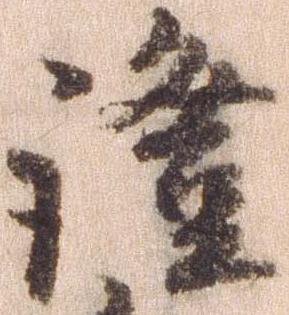
証